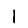
Digit: 1